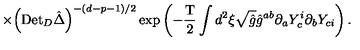
\times { { \left( { \mathrm { D e t } _ { D } } \hat { \Delta } \right) } ^ { - ( d - p - 1 ) / 2 } } \exp \left( - { \frac { \mathrm { T } } { 2 } } \int { d ^ { 2 } } \xi \sqrt { \hat { g } } { \hat { g } ^ { a b } } { \partial _ { a } } { Y _ { c } ^ { i } } { \partial _ { b } } { Y _ { c i } } \right) .